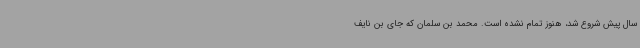
سال پیش شروع شد، هنوز تمام نشده است. محمد بن سلمان که جای بن نایف